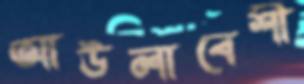
আউলাবেশী